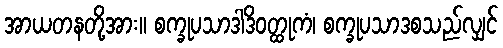
အာယတနတို့အား။ စက္ခုပသာဒါဒိဝတ္ထုကံ၊ စက္ခုပသာဒစသည်လျှင်